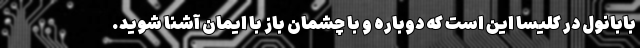
بابانول در کلیسا این است که دوباره و با چشمان باز با ایمان آشنا شوید.